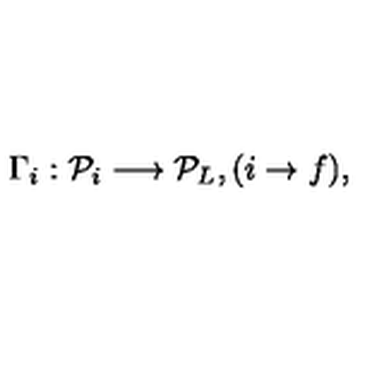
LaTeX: \Gamma _ { i } : { \cal P } _ { i } \longrightarrow { \cal P } _ { L } , ( i \rightarrow f ) ,